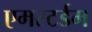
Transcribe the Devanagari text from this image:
एमस्टर्डम